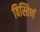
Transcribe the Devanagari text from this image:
विस्तिर्ण